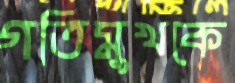
গতিমুখকে